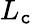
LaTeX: L_{\mathtt{c}}